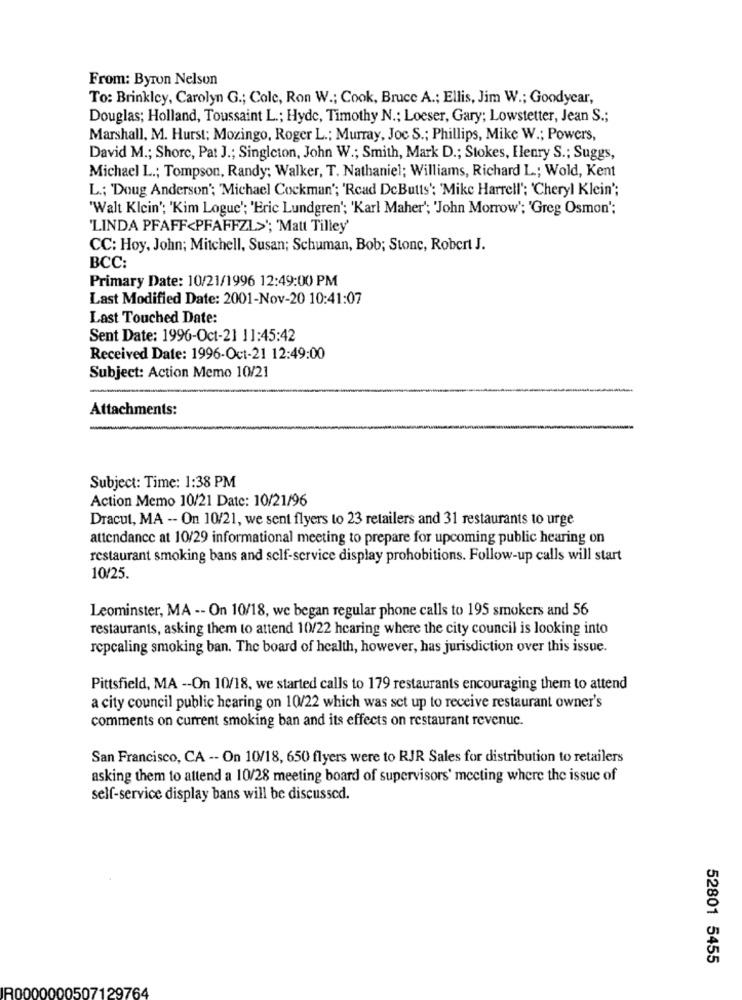
From: Byron Nelson
To: Brinkley, Carolyn G .; Cole, Ron W .; Cook, Bruce A .; Ellis, Jim W .; Goodyear,
Douglas; Holland, Toussaint L .; Hyde, Timothy N .; Loeser, Gary; Lowstetter, Jean S .;
Marshall, M. Hurst; Mozingo, Roger L .; Murray, Joc S .; Phillips, Mike W .; Powers,
David M .; Shore, Pat J .; Singleton, John W .; Smith, Mark D .; Stokes, Elenry S .; Suggs,
Michael L .; Tompson, Randy; Walker, T. Nathaniel; Williams, Richard L; Wold, Kent
L .; 'Doug Anderson'; 'Michael Cockman'; 'Rcad DcButts': 'Mike Harrell'; 'Cheryl Klein';
'Walt Klein'; 'Kim Logue'; 'Eric Lundgren'; 'Karl Maher'; 'John Morrow'; 'Greg Osmon':
'LINDA PFAFF<PFAFFZL>'; 'Matt Tilley
CC: Hoy, John; Mitchell, Susan; Schuman, Bob; Stone, Robert J.
BCC:
Primary Date: 10/21/1996 12:49:00 PM
Last Modified Date: 2001-Nov-20 10:41:07
Last Touched Date:
Sent Date: 1996-Oct-21 11:45:42
Received Date: 1996-Oct-21 12:49:00
Subject: Action Memo 10/21
Attachments:
Subject: Time: 1:38 PM
Action Memo 10/21 Date: 10/21/96
Dracut, MA -- On 10/21, we sent flyers to 23 retailers and 31 restaurants to urge
attendance at 10/29 informational meeting to prepare for upcoming public hearing on
restaurant smoking bans and self-service display prohobitions. Follow-up calls will start
10/25.
Leominster, MA -- On 10/18, we began regular phone calls to 195 smokers and 56
restaurants, asking them to attend 10/22 hcaring where the city council is looking into
repcaling smoking ban. The board of health, however, has jurisdiction over this issue.
Pittsfield, MA -- On 10/18, we started calls to 179 restaurants encouraging them to attend
a city council public hearing on 10/22 which was set up to receive restaurant owner's
comments on current smoking ban and its effects on restaurant revenuc.
San Francisco, CA -- On 10/18, 650 flyers were to RJR Sales for distribution to retailers
asking them to attend a 10/28 meeting board of supervisors' meeting where the issue of
self-service display bans will be discussed.
52801 5455
R0000000507129764